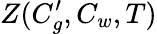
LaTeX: Z(C_{g}^{\prime},C_{w},T)